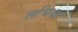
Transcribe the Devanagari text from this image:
लचिया